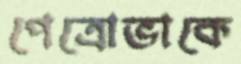
পেত্রোভাকে